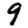
Digit: 9